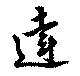
達